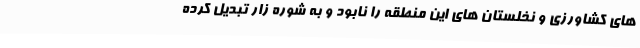
های کشاورزی و نخلستان های این منطقه را نابود و به شوره زار تبدیل کرده